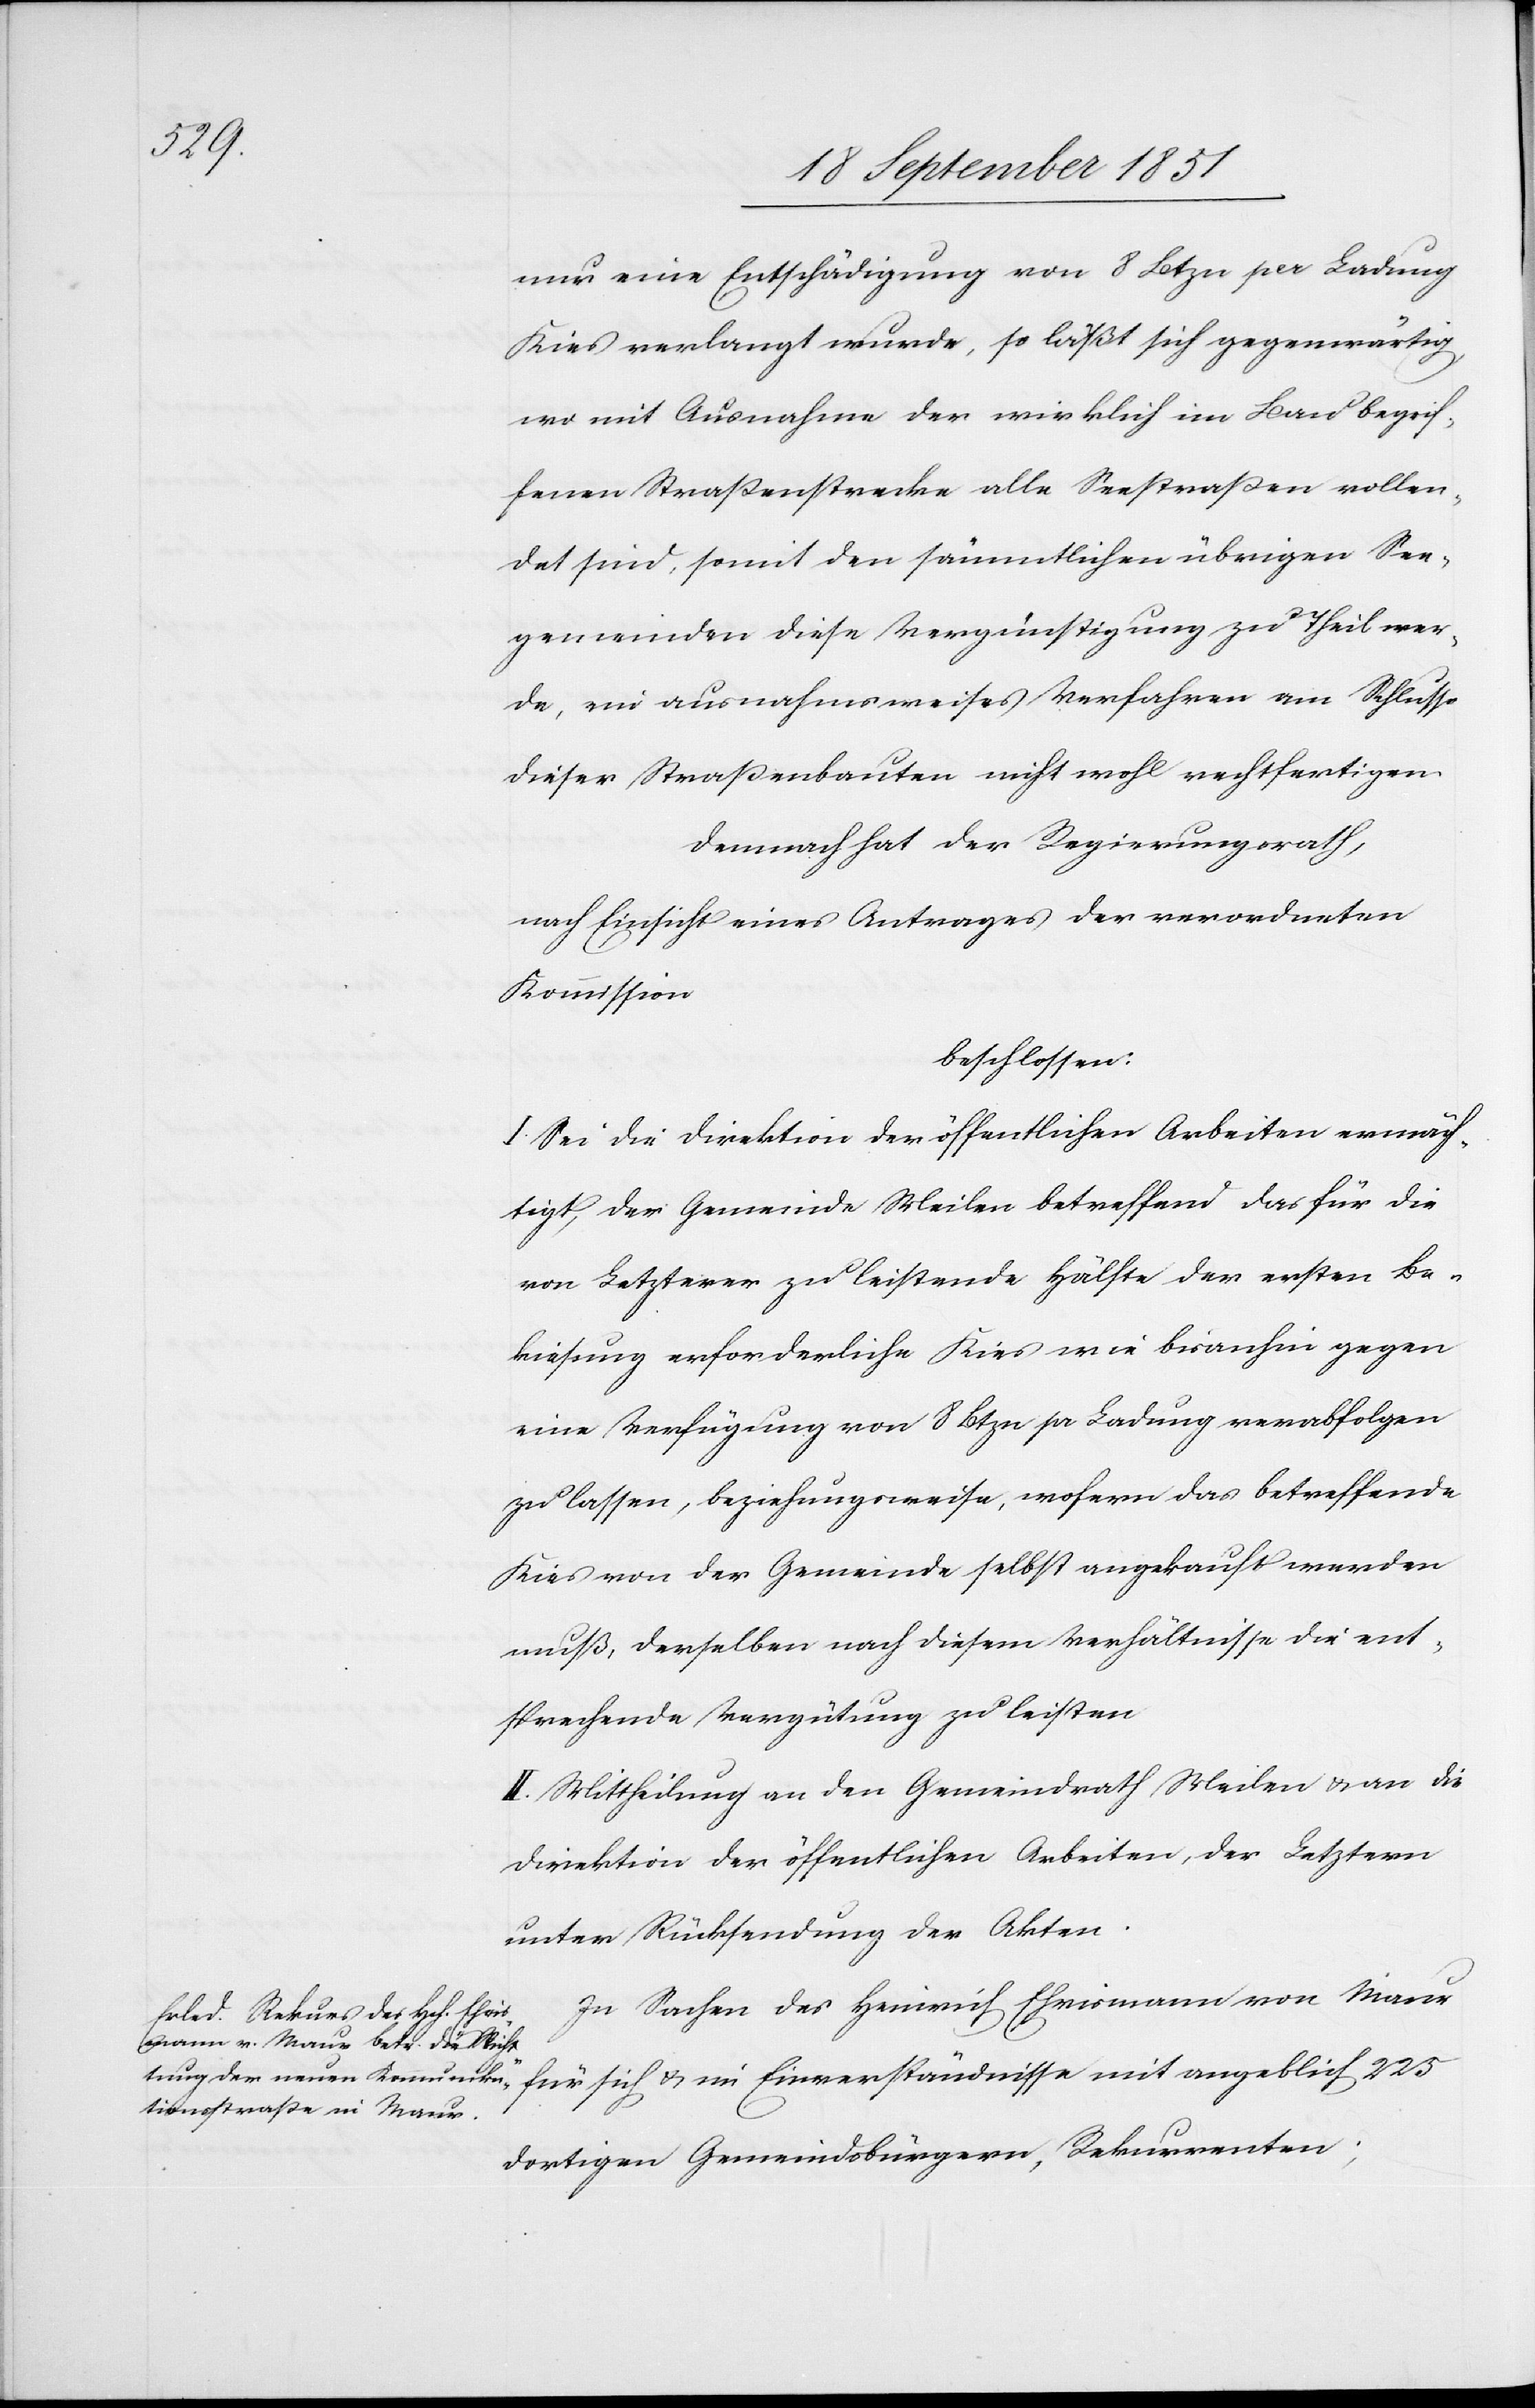
225

nur eine Entschädigung von 8 Btzn per Ladung
Kies verlangt wurde, so läßt sich gegenwärtig,
wo mit Ausnahme der wirklich im Bau begrif¬
fenen Straßenstrecke alle Seestraßen vollen¬
det sind, somit den sämmtlichen übrigen See¬
gemeinden diese Vergünstigung zu Theil wer¬
de, ein ausnahmsweises Verfahren am Schlusse
dieser Straßenbauten nicht wohl rechtfertigen.
Demnach hat der Regierungsrath,
nach Einsicht eines Antrages der verordneten
Kommission
beschlossen:
I. Sei die Direktion der öffentlichen Arbeiten ermäch¬
tigt, der Gemeinde Meilen betreffend das für die
von Letzterer zu leistende Hälfte der ersten Be¬
kiesung erforderliche Kies wie bisanhin gegen
eine Verfügung von 8 Btzn pr Ladung verabfolgen
zu lassen, beziehungsweise, wofern das betreffende
Kies von der Gemeinde selbst angekauft werden
muß, derselben nach diesem Verhältnisse die ent¬
sprechende Vergütung zu leisten
II. Mittheilung an den Gemeindrath Meilen & an die
Direktion der öffentlichen Arbeiten, der Letztern
unter Rücksendung der Akten.
In Sachen des Heinrich Ehrismann von Maur
dortigen Gemeindsbürgern, Rekurrenten;